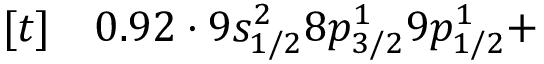
\begin{array} { r l } { [ t ] } & { { } 0 . 9 2 \cdot 9 s _ { 1 / 2 } ^ { 2 } 8 p _ { 3 / 2 } ^ { 1 } 9 p _ { 1 / 2 } ^ { 1 } + } \end{array}